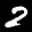
Label: 2